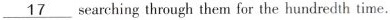
\underline{17} searching through them for the hundredth time.